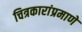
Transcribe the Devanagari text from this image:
चित्रकारांप्रमाणे